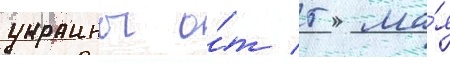
украины о́т 5 ма́я